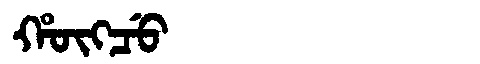
Manchu: ᡥᡡᡴᠴᡠ
Romanization: HŪKCU